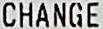
CHANGE